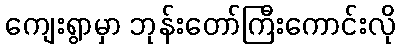
ကျေးရွာမှာ ဘုန်းတော်ကြီးကောင်းလို